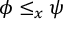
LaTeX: \phi \leq _ { x } \psi